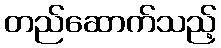
တည်ဆောက်သည့်